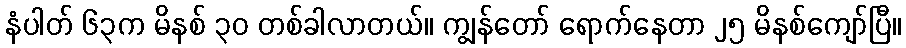
နံပါတ် ၆၃က မိနစ် ၃၀ တစ်ခါလာတယ်။ ကျွန်တော် ရောက်နေတာ ၂၅ မိနစ်ကျော်ပြီ။